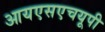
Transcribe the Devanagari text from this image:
आयएसएचयूपी